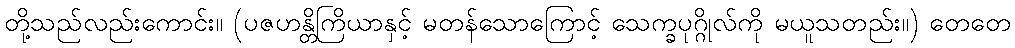
တို့သည်လည်းကောင်း။ (ပဇဟန္တိကြိယာနှင့် မတန်သောကြောင့် သေက္ခပုဂ္ဂိုလ်ကို မယူသတည်း။) တေတေ